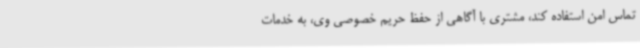
تماس امن استفاده کند، مشتری با آگاهی از حفظ حریم خصوصی وی، به خدمات